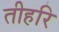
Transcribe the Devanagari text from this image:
तीहरि